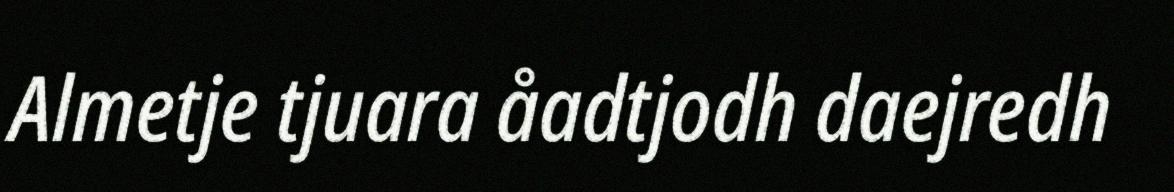
Almetje tjuara åadtjodh daejredh